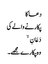
دعا کا
پکارنے والے کی
دَعَانِ ۙ
وہ پکارے مجھے۔